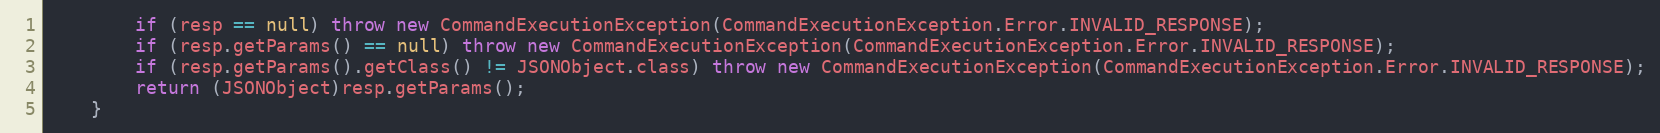
Language: Java
        if (resp == null) throw new CommandExecutionException(CommandExecutionException.Error.INVALID_RESPONSE);
        if (resp.getParams() == null) throw new CommandExecutionException(CommandExecutionException.Error.INVALID_RESPONSE);
        if (resp.getParams().getClass() != JSONObject.class) throw new CommandExecutionException(CommandExecutionException.Error.INVALID_RESPONSE);
        return (JSONObject)resp.getParams();
    }